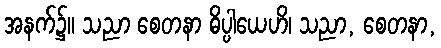
အနက်၌။ သညာ စေတနာ ဓိပ္ပါယေဟိ၊ သညာ, စေတနာ,